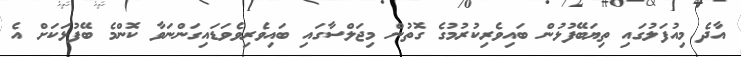
އާދެ މިއުފަލުގައި ތިޔަބޭފުޅުން ބައިވެރިކުރުމުގެ ގޮތުން މިޖަލްސާގައި ބައިވެރިވެވަޑައިގަންނަވާ ކޮންމެ ބޭފުޅަކަށް އެ